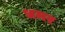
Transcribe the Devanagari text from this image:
धमर